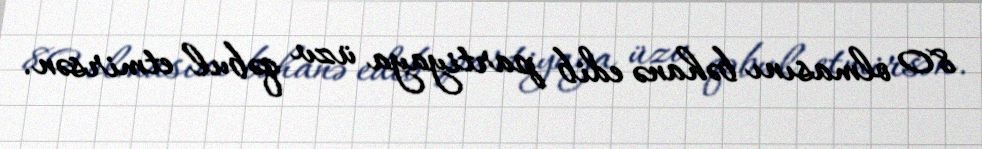
80 olmasını bəhanə edib partiyaya üzv qəbul etmirsən.